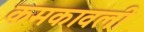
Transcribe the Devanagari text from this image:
कमकावली